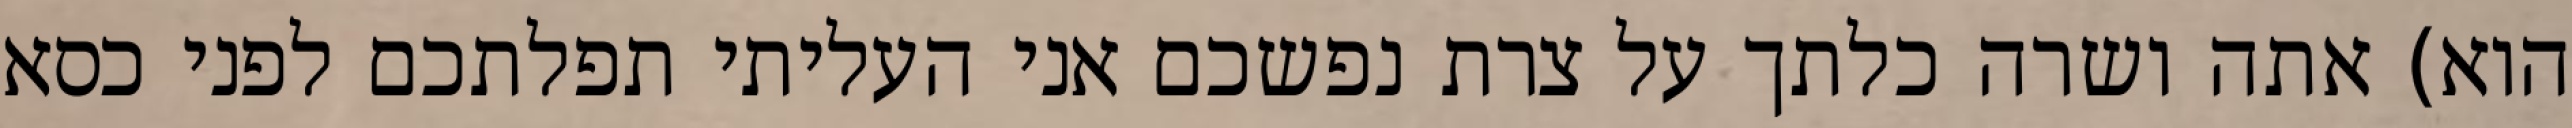
הוא) אתה ושרה כלתך על צרת נפשכם אני העליתי תפלתכם לפני כסא